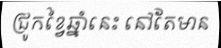
ជ្រូកខ្វៃឆ្នាំនេះ នៅតែមាន